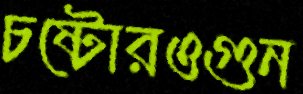
চষ্টোরওগুন